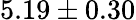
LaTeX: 5.19\pm 0.30